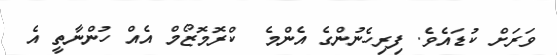
ވަރަށް ކުޑައެވެ. ފިރިހެނުންގެ އެންމެ  ކްރޮމޮޒޯމް އެއް ހުންނާތީ އެ